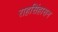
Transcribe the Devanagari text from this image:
राहसिंहासन